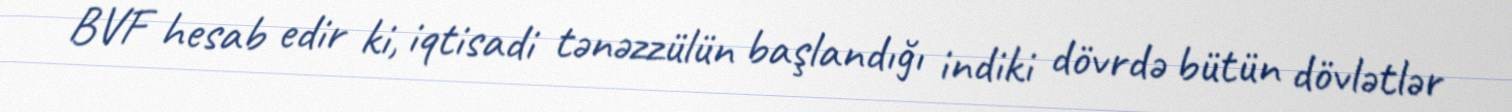
BVF hesab edir ki, iqtisadi tənəzzülün başlandığı indiki dövrdə bütün dövlətlər